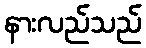
နားလည်သည်